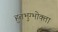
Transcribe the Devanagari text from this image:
हुतभुग्भोक्ता